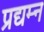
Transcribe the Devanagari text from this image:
प्रद्यम्न